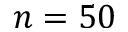
n = 5 0